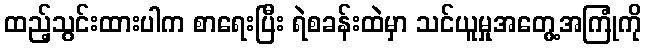
ထည့်သွင်းထားပါက စာရေးပြီး ရဲစခန်းထဲမှာ သင်ယူမှုအတွေ့အကြုံကို